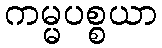
ကမ္မပစ္စယာ